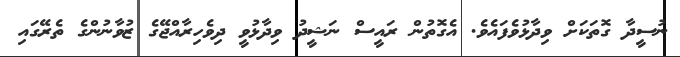
ނުސީދާ ގޮތަކަށް ވިދާޅުވެފައެވެ. އެގޮތުން ރައީސް ނަޝީދު ވިދާޅުވީ ދިވެހިރާއްޖޭގެ ޒުވާނުންގެ ތެރޭގައި